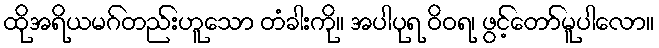
ထိုအရိယမဂ်တည်းဟူသော တံခါးကို။ အပါပုရ ဝိဝရ၊ ဖွင့်တော်မူပါလော။